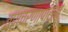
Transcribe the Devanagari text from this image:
तपाचरणापासून